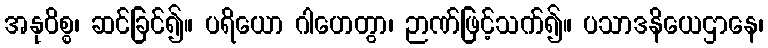
အနုဝိစ္စ၊ ဆင်ခြင်၍။ ပရိယော ဂါဟေတွာ၊ ဉာဏ်ဖြင့်သက်၍။ ပသာဒနိယေဌာနေ၊